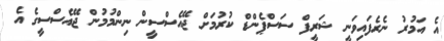
އެ އަމުރު ނެރެފައިވަނީ ޝަރީފް ސަސްޕެންޑް ކުރުމަށް ޖޭއެސްސީން ނިންމުމުން ޖޭއެސްސީގެ އެ